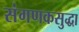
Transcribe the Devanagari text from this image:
संगणकसुद्धा